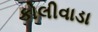
કોલીવાડા